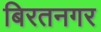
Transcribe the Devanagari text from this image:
बिरतनगर